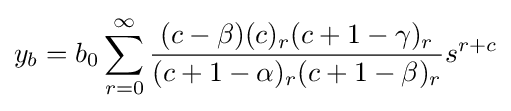
y_{b}=b_{0}\sum _{r=0}^{\infty }{\frac {(c-\beta )(c)_{r}(c+1-\gamma )_{r}}{(c+1-\alpha )_{r}(c+1-\beta )_{r}}}s^{r+c}